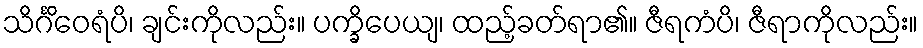
သိင်္ဂိဝေရံပိ၊ ချင်းကိုလည်း။ ပက္ခိပေယျ၊ ထည့်ခတ်ရာ၏။ ဇီရကံပိ၊ ဇီရာကိုလည်း။